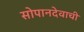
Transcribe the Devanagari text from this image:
सोपानदेवाची